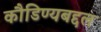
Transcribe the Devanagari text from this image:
कौडिण्यबद्दल